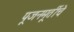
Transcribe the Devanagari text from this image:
पूजनमूर्तीचे